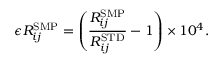
\epsilon R _ { i j } ^ { \mathrm { { S M P } } } = { \left( \frac { R _ { i j } ^ { \mathrm { { S M P } } } } { R _ { i j } ^ { \mathrm { { S T D } } } } - 1 \right) } \times 1 0 ^ { 4 } .